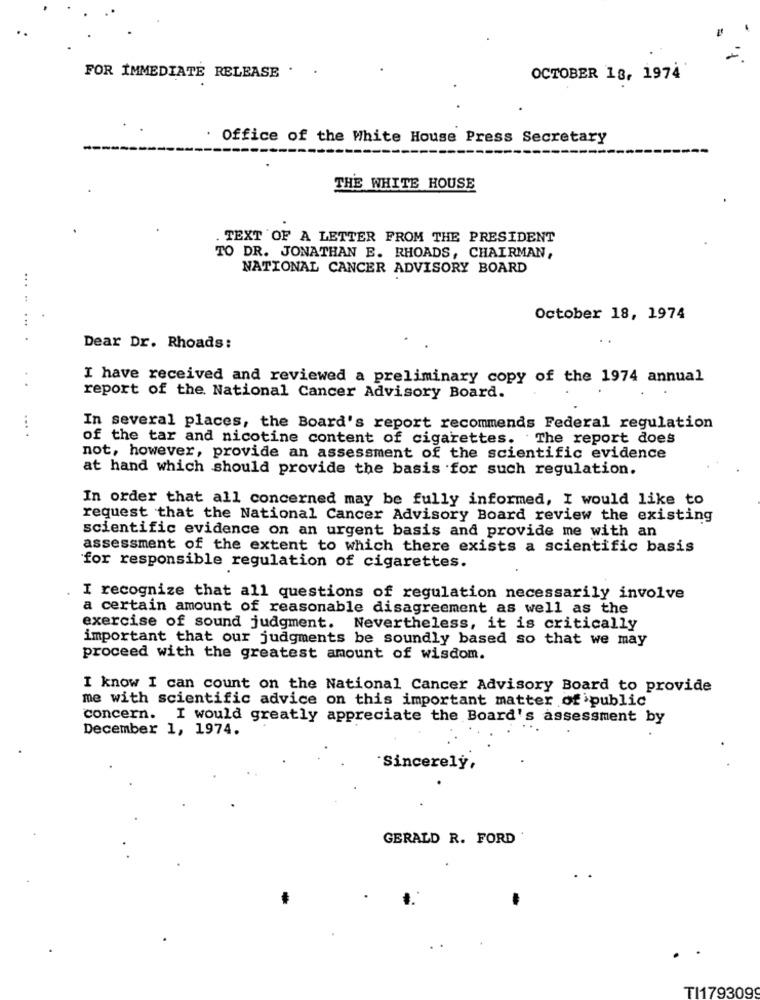
FOR IMMEDIATE RELEASE . .
OCTOBER 18, 1974
Office of the White House Press Secretary
THE WHITE HOUSE
TEXT OF A LETTER FROM THE PRESIDENT
TO DR. JONATHAN E. RHOADS, CHAIRMAN,
NATIONAL CANCER ADVISORY BOARD
. ..
October 18, 1974
Dear Dr. Rhoads:
I have received and reviewed a preliminary copy of the 1974 annual
report of the National Cancer Advisory Board.
In several places, the Board's report recommends Federal regulation
... .
of the tar and nicotine content of cigarettes. The report does
not, however, provide an assessment of the scientific evidence
at hand which should provide the basis for such regulation.
In order that all concerned may be fully informed, I would like to
request that the National Cancer Advisory Board review the existing
scientific evidence on an urgent basis and provide me with an
assessment of the extent to which there exists a scientific basis
for responsible regulation of cigarettes.
I recognize that all questions of regulation necessarily involve
a certain amount of reasonable disagreement as well as the
exercise of sound judgment. Nevertheless, it is critically
important that our judgments be soundly based so that we may
proceed with the greatest amount of wisdom.
I know I can count on the National Cancer Advisory Board to provide
me with scientific advice on this important matter of public
concern. I would greatly appreciate the Board's assessment by
December 1, 1974.
Sincerely,
GERALD R. FORD
TI179309